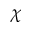
\chi